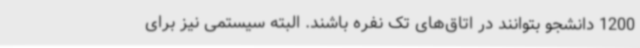
1200 دانشجو بتوانند در اتاق‌های تک نفره باشند. البته سیستمی نیز برای